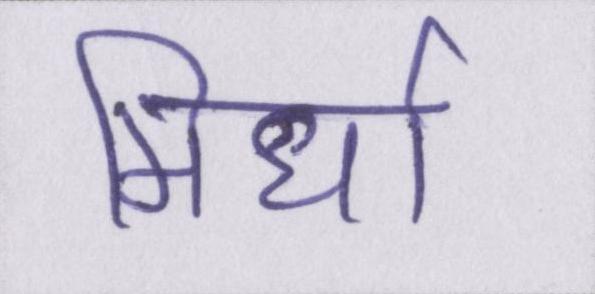
मिर्धा